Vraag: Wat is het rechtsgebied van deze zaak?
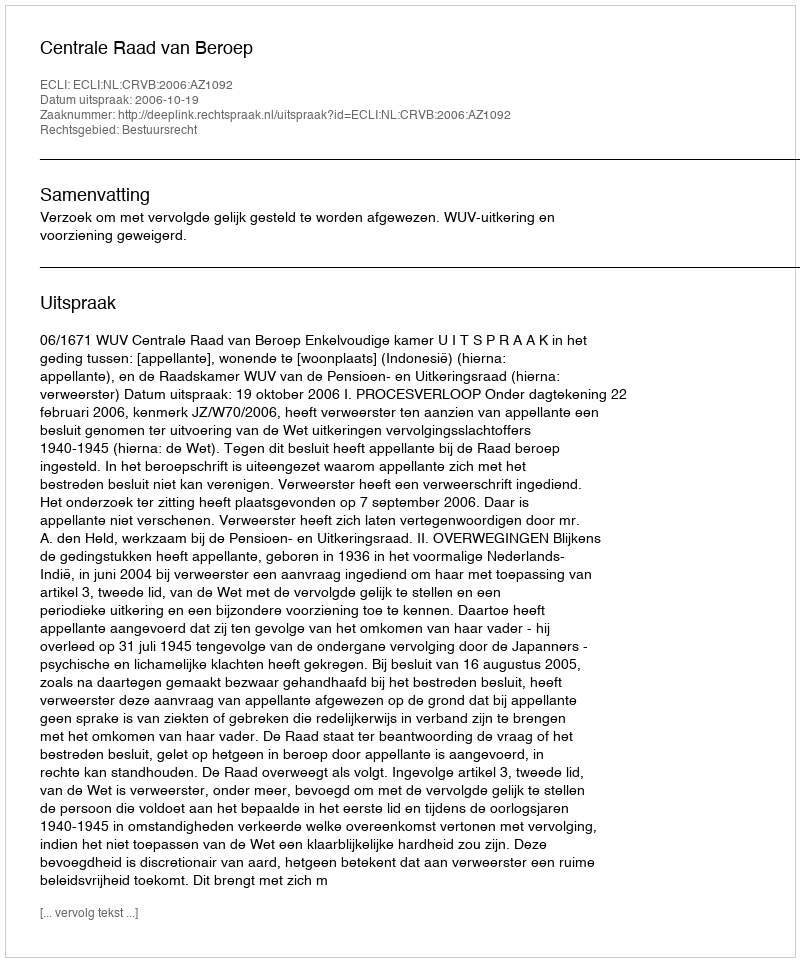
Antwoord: Bestuursrecht